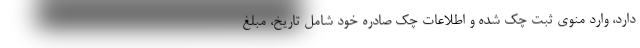
دارد، وارد منوی ثبت چک شده و اطلاعات چک صادره خود شامل تاریخ، مبلغ